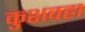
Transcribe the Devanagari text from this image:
कुशवहा